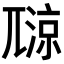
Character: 𡰏